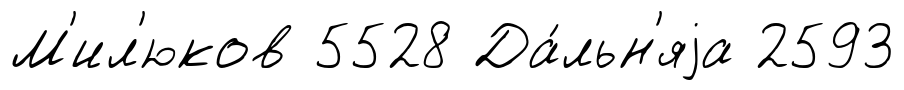
М'ил'юков 5528 Да́льн'яjа 2593